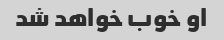
او خوب خواهد شد